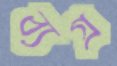
ব্যগ্র